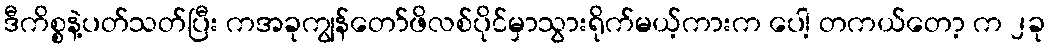
ဒီကိစ္စနဲ့ပတ်သတ်ပြီး ကအခုကျွန်တော်ဖိလစ်ပိုင်မှာသွားရိုက်မယ့်ကားက ပေါ့ တကယ်တော့ က ၂ခု